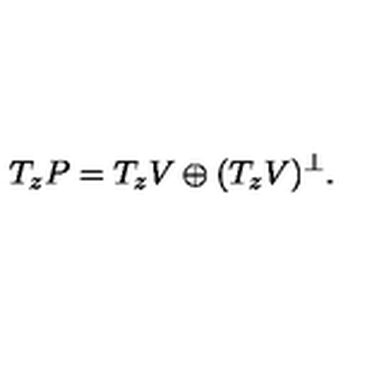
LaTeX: T _ { z } P = T _ { z } V \oplus ( T _ { z } V ) \sp \perp .